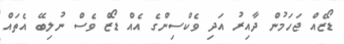
ޑޯޒެއް ޖަހަމުން ދާއިރު އަދި ވެކްސިންގެ އެއް ޑޯޒް ވެސް ނުލިބޭ އެތައް